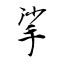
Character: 挲